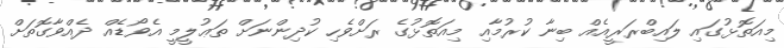
މިއަތޮޅުގައި ލައިބްރަރީއެއް ބިނާ ކުރުމާއި މިއަތޮޅުގެ ރަށްވެހި ކުދިންނަށް ތަޢުލީމީ އެވޯޑެއް ދެއްވާގޮތަށް